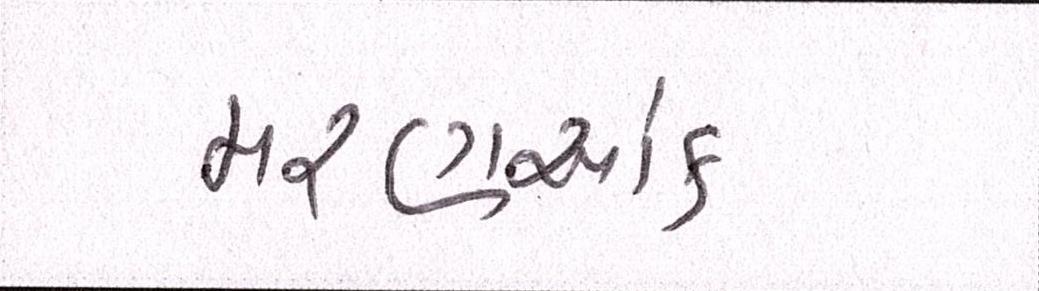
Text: મરણઆંક